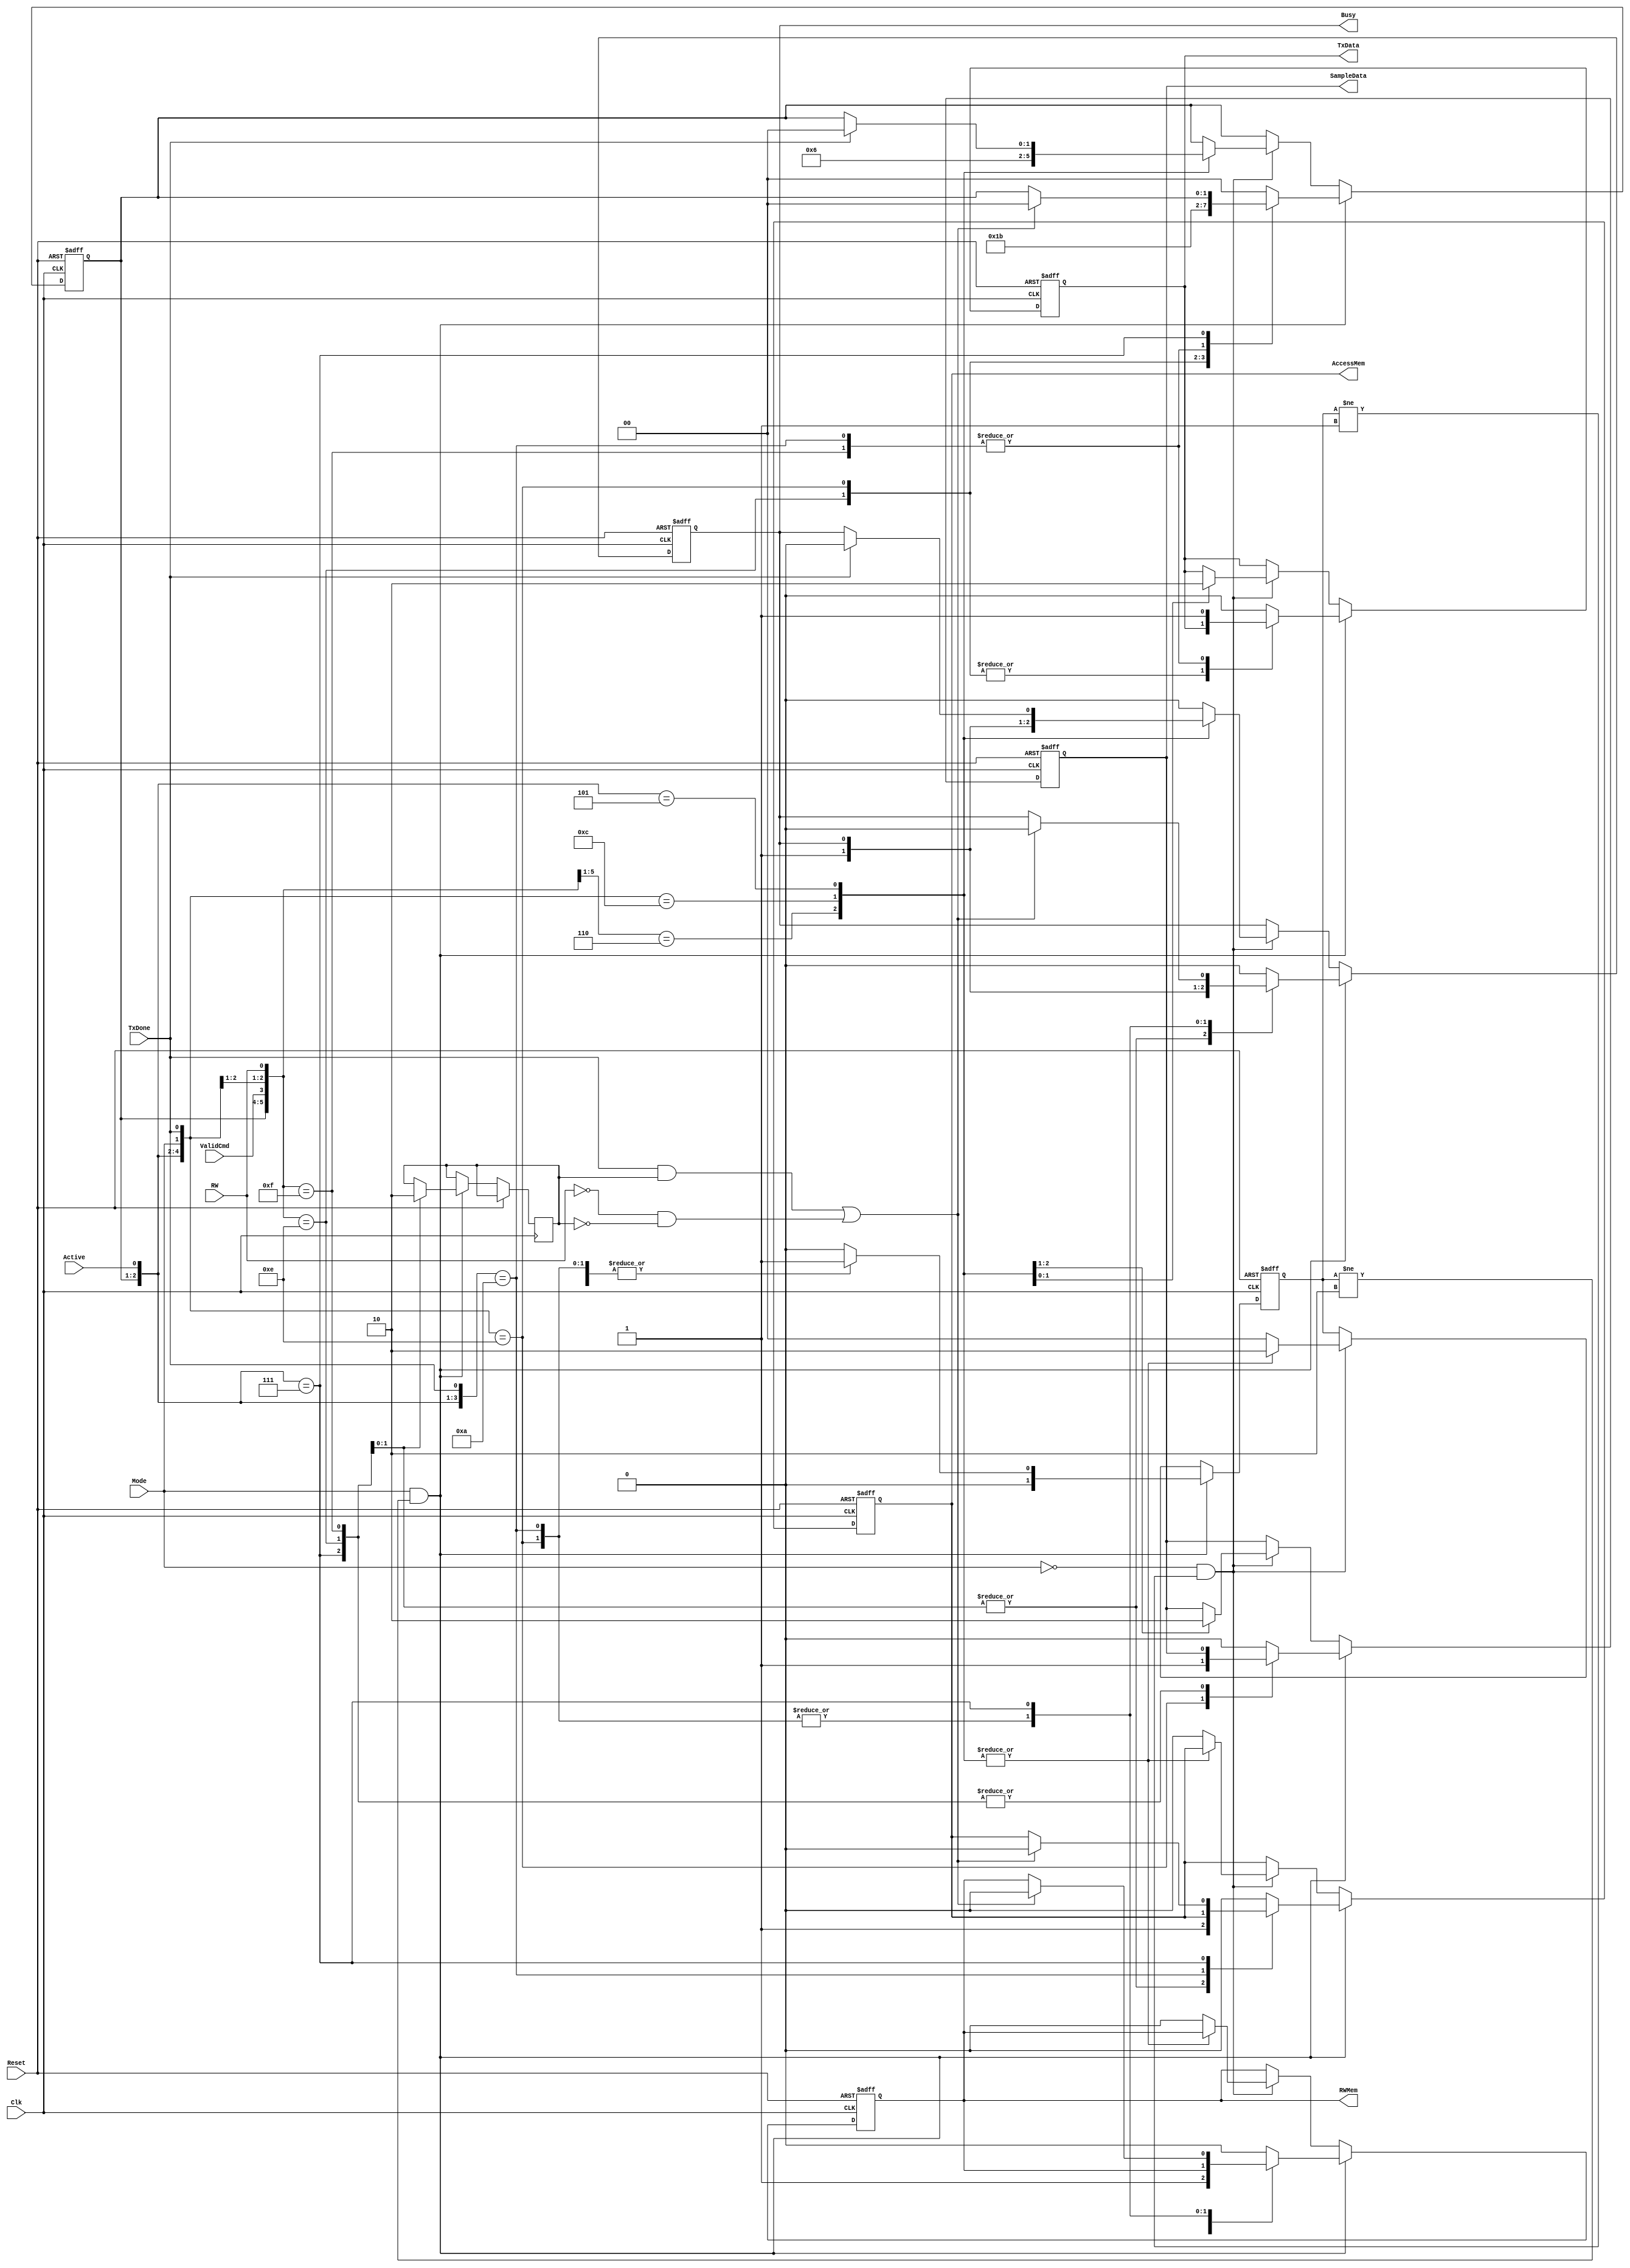
module RW_flow(
input Active, Mode, ValidCmd, RW, Reset, Clk, TxDone,
output reg AccessMem, RWMem, SampleData, TxData, Busy);

reg [1:0] cs = 2'b00, ns;
reg [1:0] rwFlag = 2'b00;
reg rwen;
always@(cs or ns)
    cs <= ns;

always@(posedge Clk or posedge Reset)
begin
    if(Reset)
        begin
            AccessMem <= 1'b0;
            RWMem <= 1'b0;
            SampleData <= 1'b0;
            TxData <= 1'b0;
            Busy <= 1'b0;
            rwFlag <= 2'b00;
            ns <= 2'b00;
        end
    else if (Mode == 1'b1 && rwFlag != 2'b10)
        begin
            rwFlag <= 2'b01;
            casex({cs, ValidCmd, Active, Mode, RW, TxDone})
              7'b00_1_1_1_0_x: {ns, AccessMem, RWMem, Busy, rwen} <= 6'b01_1_0_1_1;
              7'b00_1_1_1_1_x: {ns, AccessMem, RWMem, TxData, Busy,rwen} <= 7'b11_1_1_1_1_0;
              7'b01_x_1_1_x_0: {ns,SampleData, AccessMem} <= 4'b10_1_0;
              7'b10_x_1_x_x_0: {ns,TxData,SampleData} <= 4'b11_1_0;
              7'b11_x_1_x_x_x: begin TxData <= 1'b0; if ((TxDone && rwen) || (!RW && !rwen))begin {ns, Busy,TxData, AccessMem, RWMem} <= 6'b00_0_0_0_0; end end
              default: {ns, AccessMem, RWMem, SampleData, TxData, Busy, rwFlag} <= 9'b00_0_0_0_0_0_00;
            endcase
        end
   else if (Mode == 1'b0 && (rwFlag != 2'b01))
       begin
            rwFlag <= 2'b10;
            casex({cs, ValidCmd, Active, Mode,TxDone})
              6'b00_1_1_0_x: {ns, SampleData, Busy} <= 4'b01_1_1;
              6'b01_x_1_0_0: {ns, SampleData, TxData} <= 4'b10_0_1;
              6'b10_x_1_x_x: begin TxData <= 1'b0; if(TxDone) begin {ns, Busy} <= 4'b00_0;  end end          
              default: {AccessMem, RWMem, Busy, rwFlag} <= 7'b00_0_0_0_00;
            endcase
       end
end
endmodule